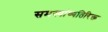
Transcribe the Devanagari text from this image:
समस्यांव्यतिरिक्त